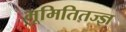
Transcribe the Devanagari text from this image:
भूमितितज्ज्ञ